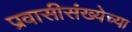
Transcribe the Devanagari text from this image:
प्रवासीसंख्येच्या